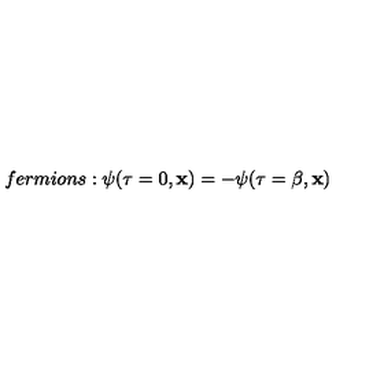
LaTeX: f e r m i o n s : \psi ( \tau = 0 , { \bf x } ) = - \psi ( \tau = \beta , { \bf x } )